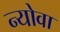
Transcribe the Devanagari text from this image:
न्योवा